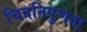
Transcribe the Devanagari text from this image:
चित्रनिपुणता